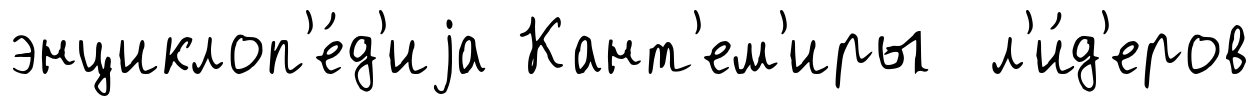
энциклоп'е́д'иjа Кант'ем'иры л'и́д'еров